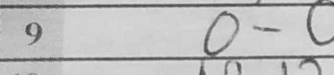
Transcription: O-O